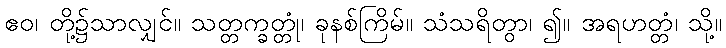
ဧဝ၊ တို့၌သာလျှင်။ သတ္တက္ခတ္တုံ၊ ခုနစ်ကြိမ်။ သံသရိတွာ၊ ၍။ အရဟတ္တံ၊ သို့။